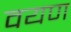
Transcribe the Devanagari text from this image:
वयण